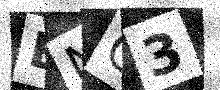
Text: BNC3